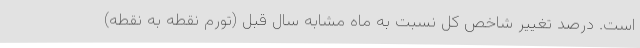
است. درصد تغییر شاخص کل نسبت به ماه مشابه سال قبل (تورم نقطه به نقطه)